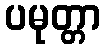
ပမုတ္တာ